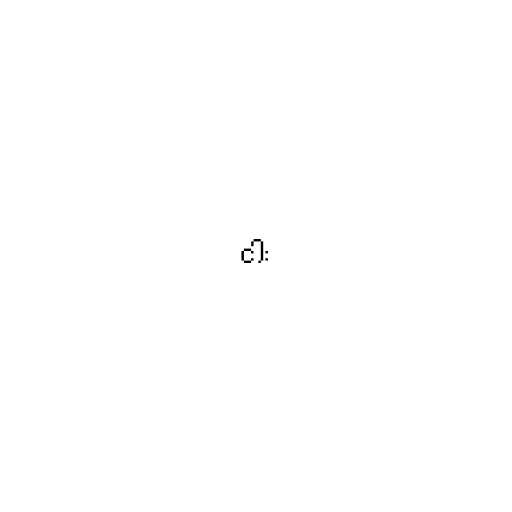
ငါး